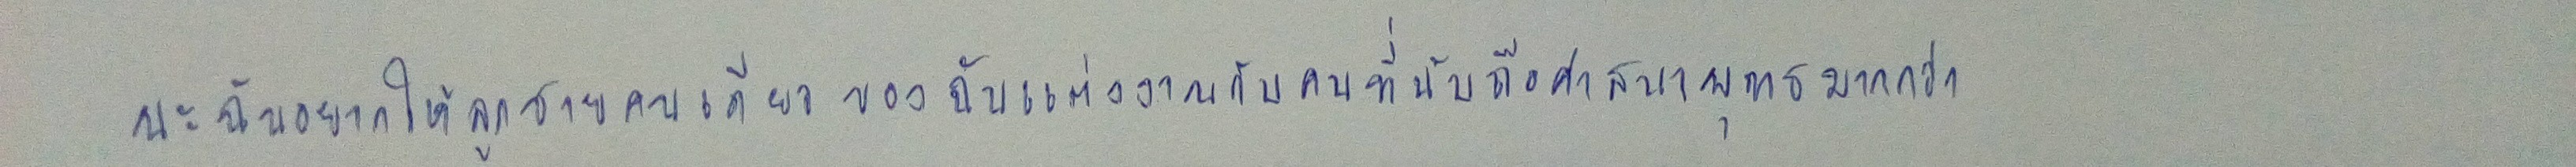
นะฉันอยากให้ลูกชายคนเดียวของฉันแต่งงานกับคนที่นับถือศาสนาพุทธมากกว่า